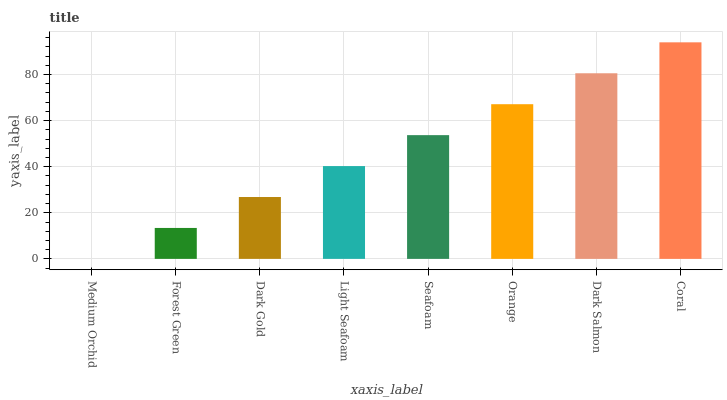
| xaxis_label | bars |
 | --- | --- |
 | Medium Orchid | 0 |
 | Forest Green | 13.4 |
 | Dark Gold | 26.9 |
 | Light Seafoam | 40.3 |
 | Seafoam | 53.7 |
 | Orange | 67.1 |
 | Dark Salmon | 80.6 |
 | Coral | 94 |